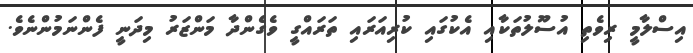
އިސްލާމީ ރިވެތި އުސޫލުތަކާއި އެކުގައި ކުރިއަރައި ތަރައްގީ ވެގެންދާ މަންޒަރު މިދަނީ ފެންނަމުންނެވެ.